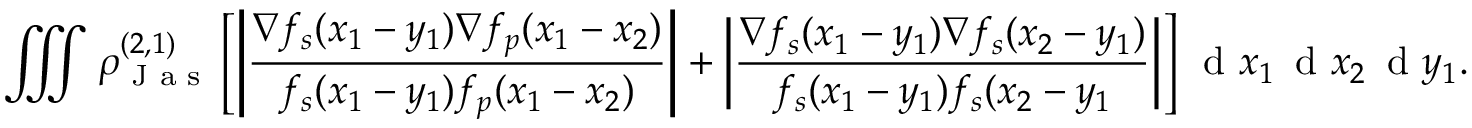
\iiint \rho _ { \textnormal { J a s } } ^ { ( 2 , 1 ) } \left[ \left\vert \frac { \nabla f _ { s } ( x _ { 1 } - y _ { 1 } ) \nabla f _ { p } ( x _ { 1 } - x _ { 2 } ) } { f _ { s } ( x _ { 1 } - y _ { 1 } ) f _ { p } ( x _ { 1 } - x _ { 2 } ) } \right\vert + \left\vert \frac { \nabla f _ { s } ( x _ { 1 } - y _ { 1 } ) \nabla f _ { s } ( x _ { 2 } - y _ { 1 } ) } { f _ { s } ( x _ { 1 } - y _ { 1 } ) f _ { s } ( x _ { 2 } - y _ { 1 } } \right\vert \right] \, \textnormal { d } x _ { 1 } \, \textnormal { d } x _ { 2 } \, \textnormal { d } y _ { 1 } .